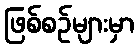
ဖြစ်စဉ်များမှာ